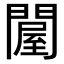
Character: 𨵱